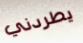
يطردني